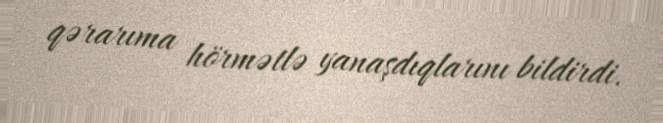
qərarıma hörmətlə yanaşdıqlarını bildirdi.